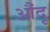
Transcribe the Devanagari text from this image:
औंदू